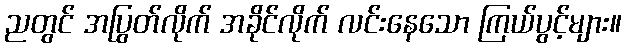
ညတွင် အပြွတ်လိုက် အခိုင်လိုက် လင်းနေသော ကြယ်ပွင့်များ။